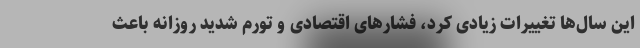
این سال‌ها تغییرات زیادی کرد، فشارهای اقتصادی و تورم شدید روزانه باعث